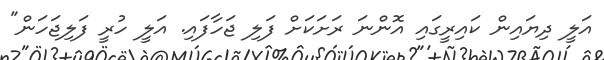
އަލީ ދިޔައިން ކައިރީގައި އޮންނަ ރަށަކަށް ފަލި ޖަހާފައި. އަލީ ހުރީ ފަލިޖަހަން"